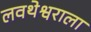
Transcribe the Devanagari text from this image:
लवथेश्वराला